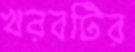
খরবটির